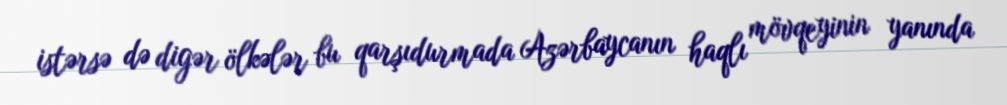
istərsə də digər ölkələr bu qarşıdurmada Azərbaycanın haqlı mövqeyinin yanında